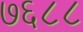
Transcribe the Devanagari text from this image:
७६८८